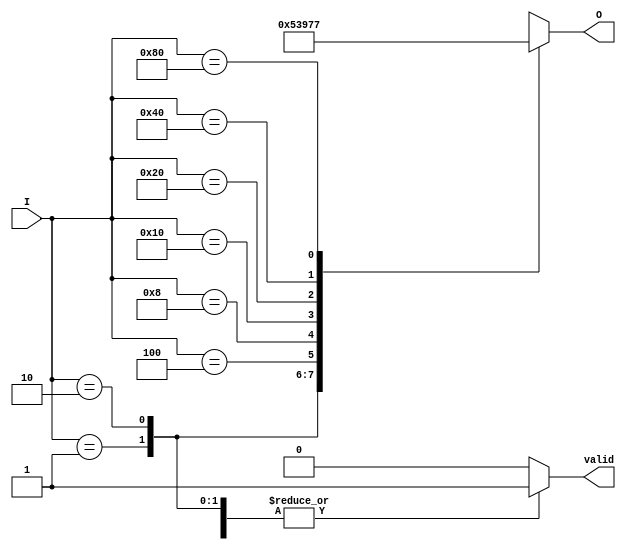
module octal_to_binary_encoder (
    input wire [7:0] I,     // 8 input lines (I0 - I7)
    output reg [2:0] O,     // 3 output lines (O2, O1, O0)
    output reg valid         // Indicates valid (1) or invalid (0) output
);

always @(*) begin
    case(I)
        8'b00000001: begin O = 3'b000; valid = 1; end // I0
        8'b00000010: begin O = 3'b001; valid = 1; end // I1
        8'b00000100: begin O = 3'b010; valid = 1; end // I2
        8'b00001000: begin O = 3'b011; valid = 1; end // I3
        8'b00010000: begin O = 3'b100; valid = 1; end // I4
        8'b00100000: begin O = 3'b101; valid = 1; end // I5
        8'b01000000: begin O = 3'b110; valid = 1; end // I6
        8'b10000000: begin O = 3'b111; valid = 1; end // I7
        default: begin O = 3'bxxx; valid = 0; end     // Invalid state
    endcase
end

endmodule